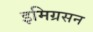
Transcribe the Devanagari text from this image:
इमिग्रसन